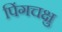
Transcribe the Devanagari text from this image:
पिंगचक्षु